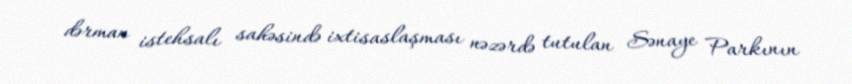
dərman istehsalı sahəsində ixtisaslaşması nəzərdə tutulan Sənaye Parkının